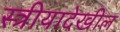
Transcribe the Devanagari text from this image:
स्त्रीयादेखील